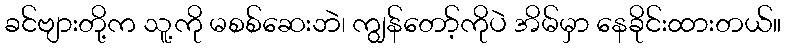
ခင်ဗျားတို့က သူ့ကို မစစ်ဆေးဘဲ၊ ကျွန်တော့်ကိုပဲ အိမ်မှာ နေခိုင်းထားတယ်။